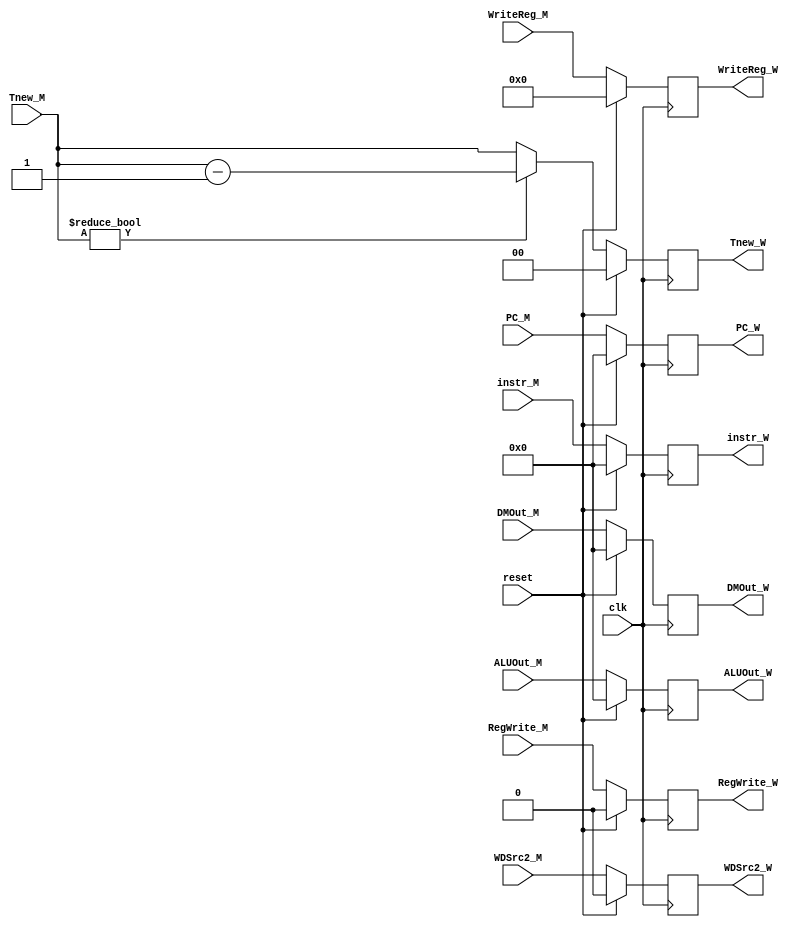
`timescale 1ns / 1ps
//////////////////////////////////////////////////////////////////////////////////
// Company: 
// Engineer: 
// 
// Design Name: 
// Module Name:    reg_W 
// Project Name: 
// Target Devices: 
// Tool versions: 
// Description: 
//
// Dependencies: 
//
// Revision: 
// Revision 0.01 - File Created
// Additional Comments: 
//
//////////////////////////////////////////////////////////////////////////////////
`default_nettype none

module reg_W(
	input wire clk,
	input wire reset,
	
	input wire [31:0] ALUOut_M,
	input wire [31:0] DMOut_M,
	input wire [4:0] WriteReg_M,
	input wire [31:0] instr_M,
	input wire [31:0] PC_M,
	
	input wire RegWrite_M,
	input wire WDSrc2_M,
	input wire [1:0] Tnew_M,
	
	output wire [31:0] ALUOut_W,
	output wire [31:0] DMOut_W,
	output wire [4:0] WriteReg_W,
	output wire [31:0] instr_W,
	output wire [31:0] PC_W,
	
	output wire RegWrite_W,
	output wire WDSrc2_W,
	output wire [1:0] Tnew_W
	);

	reg [31:0] ALUOut;
	reg [31:0] DMOut;
	reg [4:0] WriteReg;
	reg [31:0] instr;
	reg [31:0] PC;
	reg RegWrite;
	reg WDSrc;
	reg [1:0] Tnew;
	
	assign ALUOut_W = ALUOut;
	assign DMOut_W = DMOut;
	assign WriteReg_W = WriteReg;
	assign instr_W = instr;
	assign PC_W = PC;
	assign RegWrite_W = RegWrite;
	assign WDSrc2_W = WDSrc;
	assign Tnew_W = Tnew;
	
	always @(posedge clk) begin
		if (reset) begin
			ALUOut <= 0;
			DMOut <= 0;
			WriteReg <= 0;
			instr <= 0;
			PC <= 0;
			RegWrite <= 0;
			WDSrc <= 0;
			Tnew <= 0;
		end
		else begin 
			ALUOut <= ALUOut_M;
			DMOut <= DMOut_M;
			WriteReg <= WriteReg_M;
			instr <= instr_M;
			PC <= PC_M;
			RegWrite <= RegWrite_M;
			WDSrc <= WDSrc2_M;
			if (Tnew_M != 0) begin
				Tnew <= Tnew_M - 2'b01;
			end
			else begin
				Tnew <= Tnew_M;
			end
		end
	end
	
endmodule